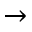
\rightarrow